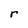
Character: r